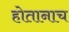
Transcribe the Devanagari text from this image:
होतानाच